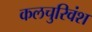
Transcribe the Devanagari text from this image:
कलचुरिवंश